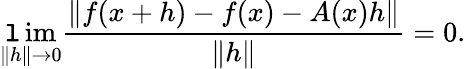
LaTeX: \operatorname*{\mathtt{l}im}_{\| h\| \to0}{\frac{{\| f(x+h)-f(x)-A(x)h\| }}{{\| h\| }}}=0.